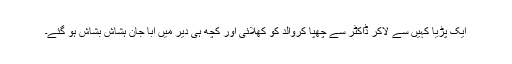
ایک پڑیا کہیں سے لاکر ڈاکٹر سے چھپا کروالد کو کھلائی اور کچھ ہی دیر میں ابا جان ہشاش بشاش ہو گئے۔